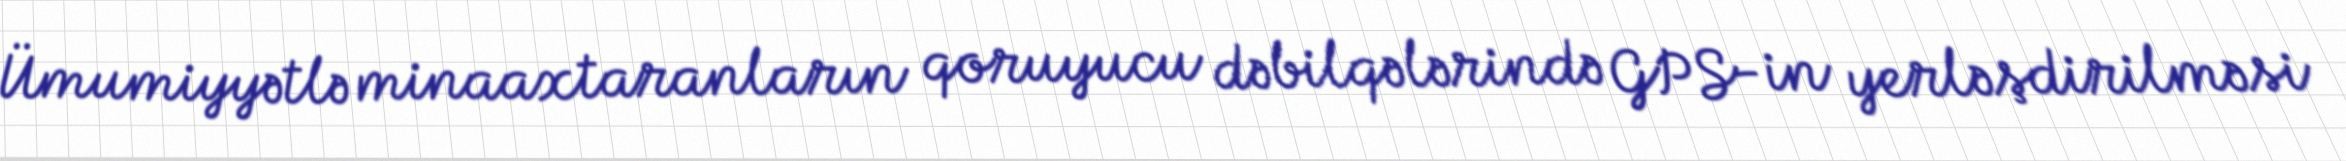
Ümumiyyətlə minaaxtaranların qoruyucu dəbilqələrində GPS-in yerləşdirilməsi